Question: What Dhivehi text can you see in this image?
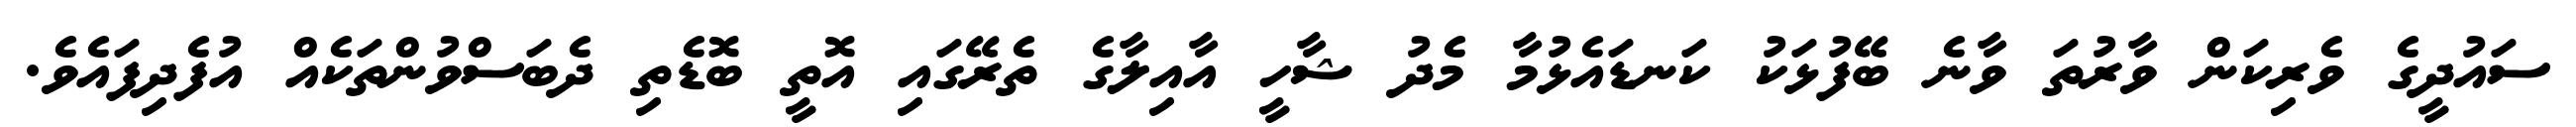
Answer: ސައުދީގެ ވެރިކަން ވާރުތަ ވާނެ ބޭފުޅަކު ކަނޑައެޅުމާ މެދު ޝާހީ އާއިލާގެ ތެރޭގައި އޮތީ ބޮޑެތި ދެބަސްވުންތަކެއް އުފެދިފައެވެ.